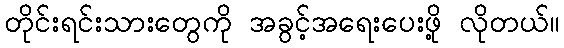
တိုင်းရင်းသားတွေကို အခွင့်အရေးပေးဖို့ လိုတယ်။